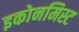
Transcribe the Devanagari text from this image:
इकोनमिस्ट